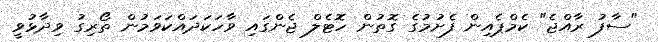
"ސާފު ރާއްޖެ" ކެމްޕެއިން ފެށުމުގެ ގޮތުން ހޮޓެލް ޖެންގައި ވާހަކަދައްކަވަމުން ތޯރިގު ވިދާޅުވީ